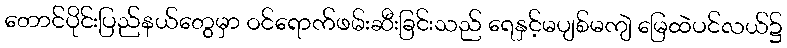
တောင်ပိုင်းပြည်နယ်တွေမှာ ဝင်ရောက်ဖမ်းဆီးခြင်းသည် ရေနှင့်မပျစ်မကျဲ မြေထဲပင်လယ်၌